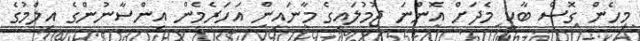
މިހެން ގޮސް ބާކީ މެދަށް އޮންނަ ޖުމުލައިގެ މާނައިން އަހަރެމެން އިންސާނުންގެ އިލްމުގެ